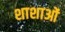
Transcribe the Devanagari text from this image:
शाशाओं